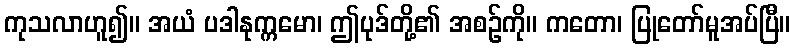
ကုသလာဟူ၍။ အယံ ပဒါနုက္ကမော၊ ဤပုဒ်တို့၏ အစဉ်ကို။ ကတော၊ ပြုတော်မူအပ်ပြီ။